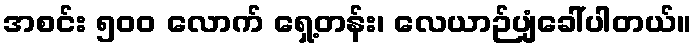
အစင်း ၅၀၀ လောက် ရှေ့တန်း၊ လေယာဉ်ပျံခေါ်ပါတယ်။